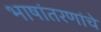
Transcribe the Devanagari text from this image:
भाषांतरणांचे